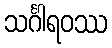
သင်္ဂါရဝဿ